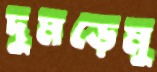
দুমড়েমু